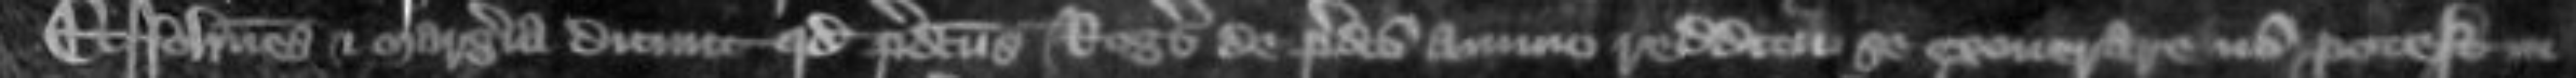
Et Johannes et Margeria dicunt quod predictus Rogerus de predicto annuo redditu se exonerare non potest in